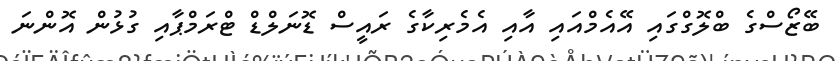
ބޭޒޯސްގެ ބްލޮގްގައި އޭއެމްއައި އާއި އެމެރިކާގެ ރައީސް ޑޮނަލްޑް ޓްރަމްޕާއި ގުޅުން އޮންނަ